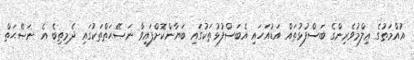
އުއްމަތުގެ ޢިލްމުވެރިންގެ ބަސްފުޅުތައް އަޑުއަހައި އެބަސްފުޅުތަކުގައި ބަޔާންކޮށްފައިވާ ނަޞޭޙަތްތަކުގައި ދެމިތިބެ އެ ނަޞޭޙަތް